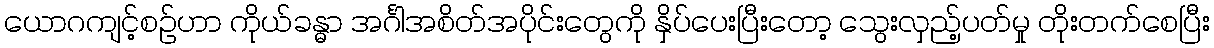
ယောဂကျင့်စဉ်ဟာ ကိုယ်ခန္ဓာ အင်္ဂါအစိတ်အပိုင်းတွေကို နှိပ်ပေးပြီးတော့ သွေးလှည့်ပတ်မှု တိုးတက်စေပြီး